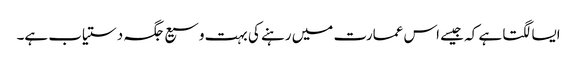
ایسا لگتا ہے کہ جیسے اس عمارت میں رہنے کی بہت وسیع جگہ دستیاب ہے۔